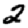
Digit: 2